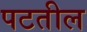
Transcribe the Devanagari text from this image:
पटतील